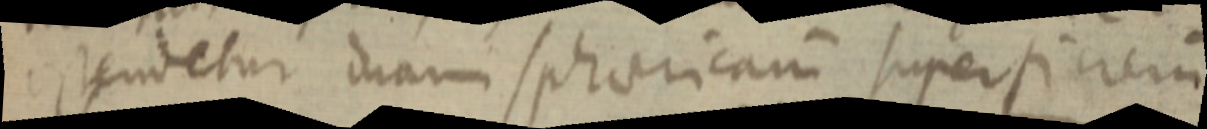
ostendetur duam sphaericam superficierum